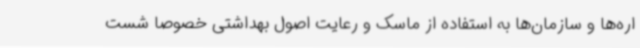
اره‌ها و سازمان‌ها به استفاده از ماسک و رعایت اصول بهداشتی خصوصا شست